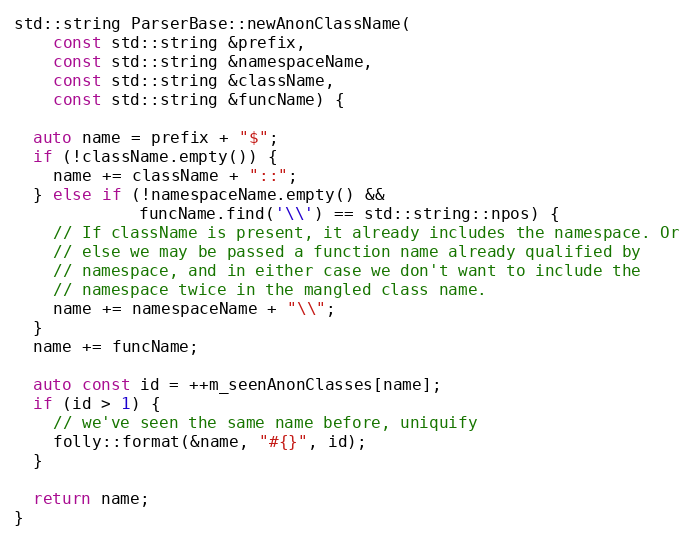
Language: C++
std::string ParserBase::newAnonClassName(
    const std::string &prefix,
    const std::string &namespaceName,
    const std::string &className,
    const std::string &funcName) {

  auto name = prefix + "$";
  if (!className.empty()) {
    name += className + "::";
  } else if (!namespaceName.empty() &&
             funcName.find('\\') == std::string::npos) {
    // If className is present, it already includes the namespace. Or
    // else we may be passed a function name already qualified by
    // namespace, and in either case we don't want to include the
    // namespace twice in the mangled class name.
    name += namespaceName + "\\";
  }
  name += funcName;

  auto const id = ++m_seenAnonClasses[name];
  if (id > 1) {
    // we've seen the same name before, uniquify
    folly::format(&name, "#{}", id);
  }

  return name;
}